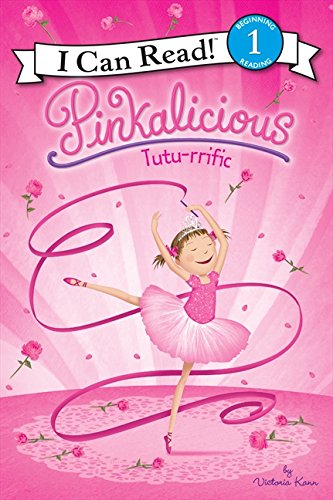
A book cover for Pinkalicious: Tutu-rrific (I Can Read Level 1); Victoria Kann; Children's Books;